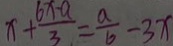
x + \frac { 6 x - a } { 3 } = \frac { a } { b } - 3 x